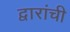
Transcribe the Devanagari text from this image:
द्वारांची